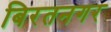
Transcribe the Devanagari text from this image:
बिरतनगर